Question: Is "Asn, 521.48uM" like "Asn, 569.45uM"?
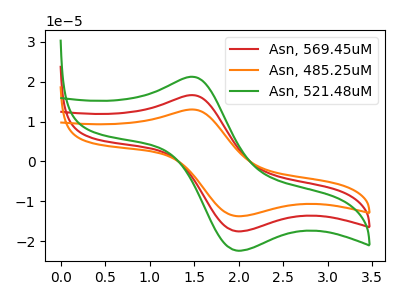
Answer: <think>The red curve "Asn, 569.45uM" has an anodic peak at (1.45V, 16.65uA) and a cathodic peak at (2.00V, -17.50uA). The orange curve "Asn, 485.25uM" has an anodic peak at (1.45V, 33.30uA) and a cathodic peak at (2.00V, -35.05uA). The green curve "Asn, 521.48uM" has an anodic peak at (1.45V, 21.25uA) and a cathodic peak at (2.00V, -22.35uA).
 All the peaks in "Asn, 521.48uM" have a peak in "Asn, 569.45uM" at the same potential. Every peak in "Asn, 521.48uM" is higher than every peak in "Asn, 569.45uM".</think>
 <answer>"Asn, 521.48uM" and "Asn, 569.45uM" are similar in shape.</answer>
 <eval>same_shape</eval>